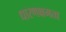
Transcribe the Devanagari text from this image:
धारणक्षमता